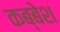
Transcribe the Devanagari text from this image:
कब्बेश